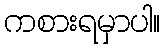
ကစားရမှာပါ။